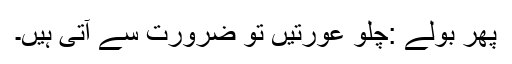
پھر بولے :چلو عورتیں تو ضرورت سے آتی ہیں۔